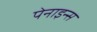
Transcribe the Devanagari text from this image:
पेनाइन्स